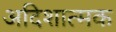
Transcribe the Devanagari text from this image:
अदिशात्मक